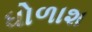
ધોળાશ